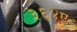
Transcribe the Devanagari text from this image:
३६४ए